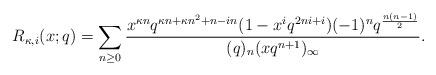
LaTeX: \begin{align*}R_{\kappa,i}(x;q)=\sum_{n\geq0} \frac{x^{\kappa n}q^{\kappa n+\kappa n^2+n-in}(1-x^iq^{2ni+i}) (-1)^nq^{\frac{n(n-1)}{2}}}{(q)_n(xq^{n+1})_{\infty}}. \end{align*}